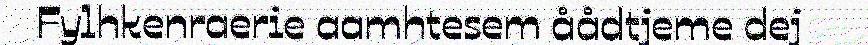
Fylhkenraerie aamhtesem åådtjeme dej